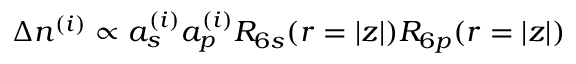
\Delta n ^ { ( i ) } \propto a _ { s } ^ { ( i ) } a _ { p } ^ { ( i ) } R _ { 6 s } ( r = | z | ) R _ { 6 p } ( r = | z | )